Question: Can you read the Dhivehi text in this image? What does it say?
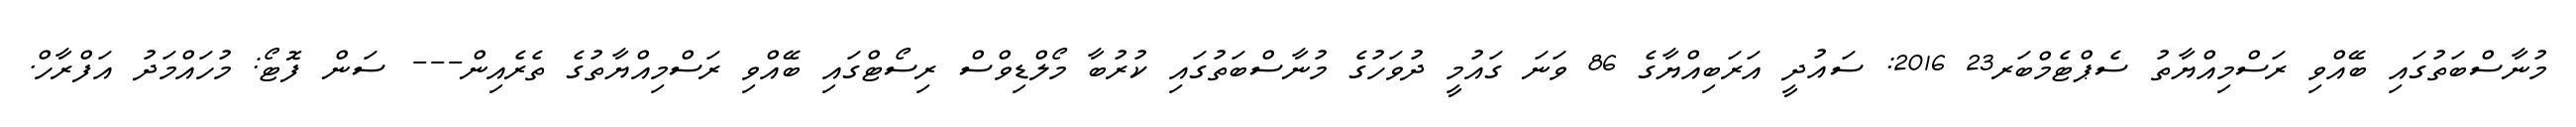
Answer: މުނާސްބަތުގައި ބޭއްވި ރަސްމިއްޔާތު ސެޕްޓެމްބަރ23 2016: ސައުދީ އަރަބިއްޔާގެ 86 ވަނަ ގައުމީ ދުވަހުގެ މުނާސްބަތުގައި ކުރުބާ މޯލްޑިވްސް ރިސޯޓްގައި ބޭއްވި ރަސްމިއްޔާތުގެ ތެރެއިން--- ސަން ފޮޓޯ: މުހައްމަދު އަފްރާހް.